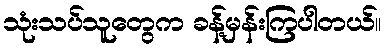
သုံးသပ်သူတွေက ခန့်မှန်းကြပါတယ်။